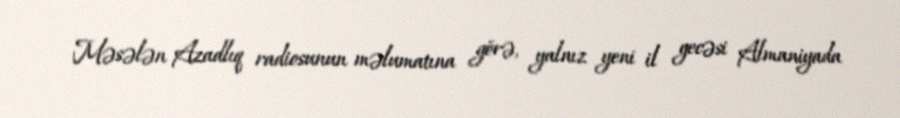
Məsələn Azadlıq radiosunun məlumatına görə, yalnız yeni il gecəsi Almaniyada